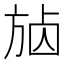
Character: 𣃷